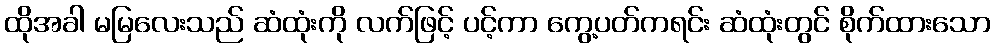
ထိုအခါ မမြလေးသည် ဆံထုံးကို လက်ဖြင့် ပင့်ကာ ကွေ့ပတ်ကရင်း ဆံထုံးတွင် စိုက်ထားသော